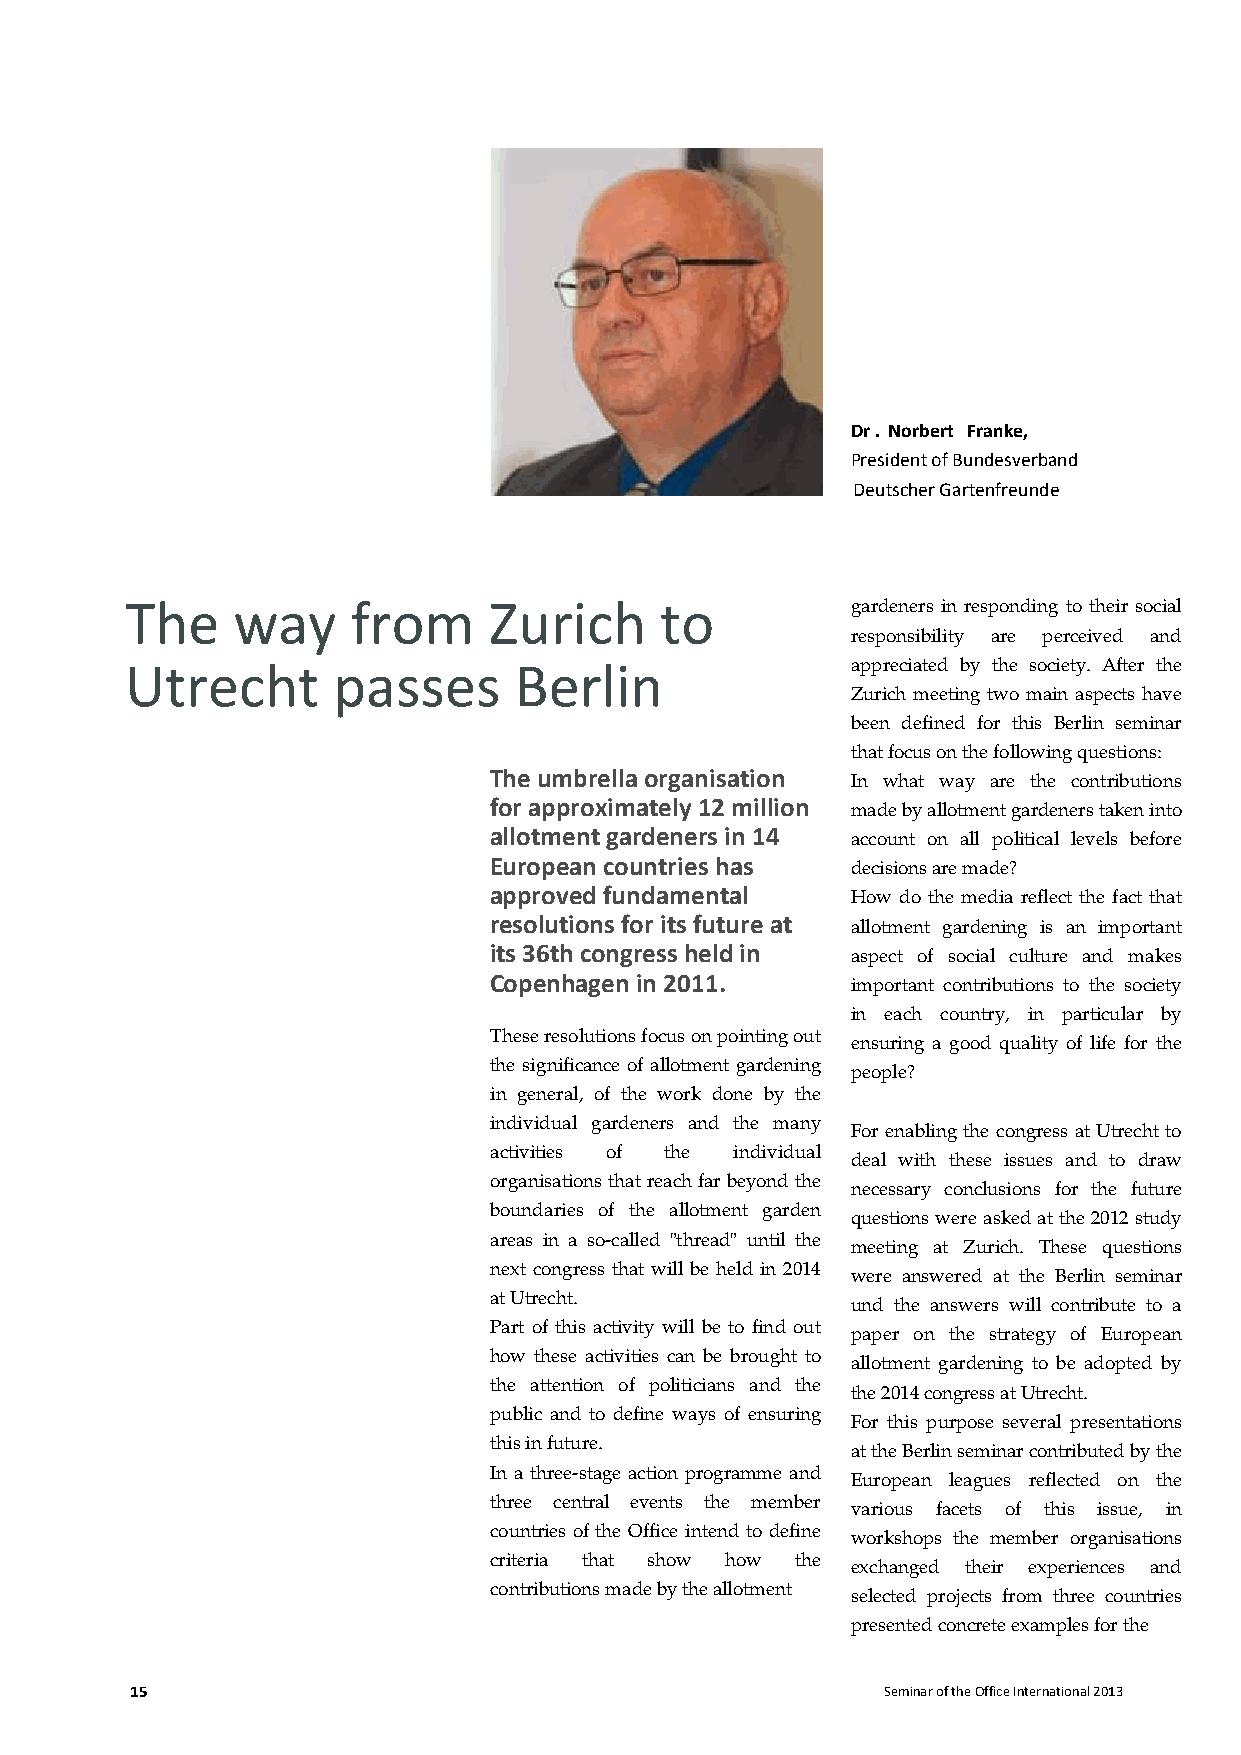
Dr . Norbert Franke,
 President of Bundesverband
 Deutscher Gartenfreunde
 The    way     from     Zurich      to          gardeners in responding to their social
 responsibility are perceived and
 Utrecht       passes      Berlin                appreciated by the society. After the
 Zurich meeting two main aspects have
 been defined for this Berlin seminar
 that focus on the following questions:
 The umbrella organisation
 In what way are the contributions
 for approximately 12 million
 made by allotment gardeners taken into
 allotment gardeners in 14
 account on all political levels before
 European countries has
 decisions are made?
 approved fundamental
 How do the media reflect the fact that
 resolutions for its future at
 allotment gardening is an important
 its 36th congress held in
 aspect of social culture and makes
 Copenhagen in 2011.     important contributions to the society
 in each country, in particular by
 These resolutions focus on pointing out
 ensuring a good quality of life for the
 the significance of allotment gardening
 people?
 in general, of the work done by the
 individual gardeners and the many
 For enabling the congress at Utrecht to
 activities of the individual
 deal with these issues and to draw
 organisations that reach far beyond the
 necessary conclusions for the future
 boundaries of the allotment garden
 questions were asked at the 2012 study
 areas in a so-called "thread" until the
 meeting at Zurich. These questions
 next congress that will be held in 2014
 were answered at the Berlin seminar
 at Utrecht.
 und the answers will contribute to a
 Part of this activity will be to find out
 paper on the strategy of European
 how these activities can be brought to
 allotment gardening to be adopted by
 the attention of politicians and the
 the 2014 congress at Utrecht.
 public and to define ways of ensuring
 For this purpose several presentations
 this in future.
 at the Berlin seminar contributed by the
 In a three-stage action programme and
 European leagues reflected on the
 three central events the member
 various facets of this issue, in
 countries of the Office intend to define
 workshops the member organisations
 criteria that show how the
 exchanged their experiences and
 contributions made by the allotment
 selected projects from three countries
 presented concrete examples for the
 15                                                Seminar of the Office International 2013